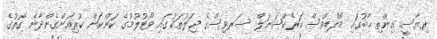
ރިޔާސީ އިންތިޚާބުގައި މޯލްޑިވްސް ކަރެކްޝަނަލް ސަރވިސްގެ ޖަލުތަކުގައި ވޯޓުލުމުގެ ކަންކަން ކުރިއަށްގެންދާނެ ގޮތުގެ